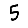
Digit: 5